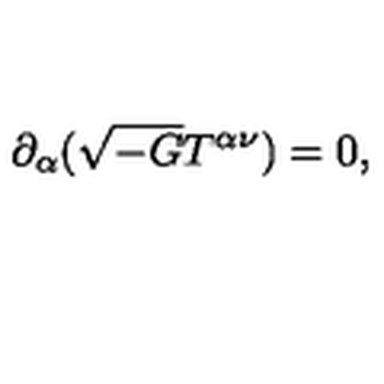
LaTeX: \partial _ { \alpha } ( \sqrt { - G } T ^ { \alpha \nu } ) = 0 ,